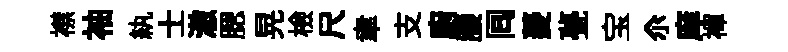
襟袖紈士澈腮晃檢尺聿支廚腰囘菱甍宝尒庠襌